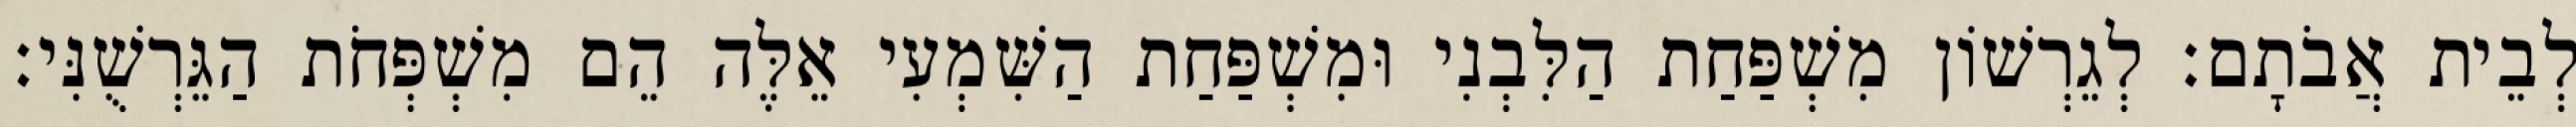
לְבֵית אֲבֹתָם׃ לְגֵרְשׁוֹן מִשְׁפַּחַת הַלִּבְנִי וּמִשְׁפַּחַת הַשִּׁמְעִי אֵלֶּה הֵם מִשְׁפְּחֹת הַגֵּרְשֻׁנִּי׃